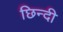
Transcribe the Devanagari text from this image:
छिन्दी